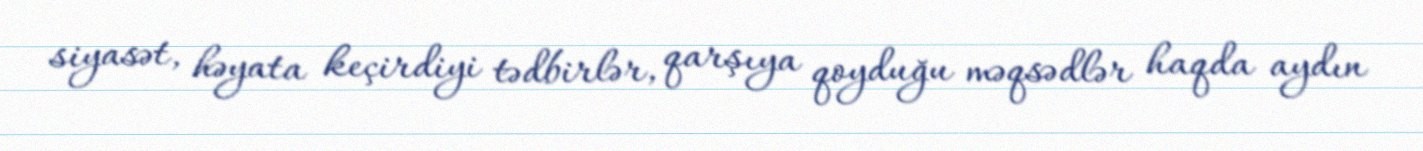
siyasət, həyata keçirdiyi tədbirlər, qarşıya qoyduğu məqsədlər haqda aydın